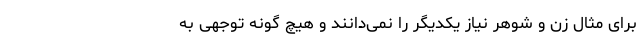
برای مثال زن و شوهر نیاز یکدیگر را نمی‌دانند و هیچ گونه توجهی به